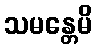
သမန္တေမိ